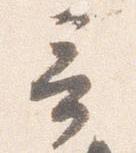
言